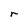
Character: r